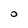
Character: 0